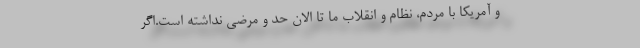
و آمریکا با مردم، نظام و انقلاب ما تا الان حد و مرضی نداشته است.اگر